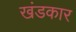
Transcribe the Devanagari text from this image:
खंडकार